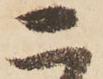
二